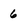
Character: 6